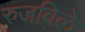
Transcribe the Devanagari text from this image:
रुजविले